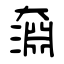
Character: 奫